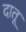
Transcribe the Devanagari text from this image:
दातू